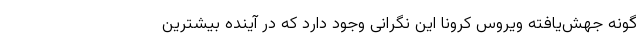
گونه جهش‌یافته ویروس کرونا این نگرانی وجود دارد که در آینده بیشترین